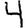
Digit: 4